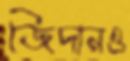
জিদানও